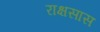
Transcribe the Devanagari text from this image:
राक्षसास